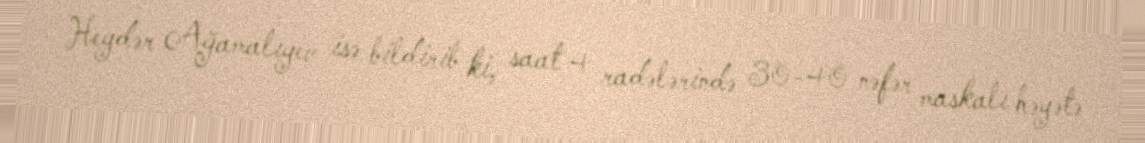
Heydər Ağamalıyev isə bildirib ki, saat 4 radələrində 30-40 nəfər maskalı həyətə